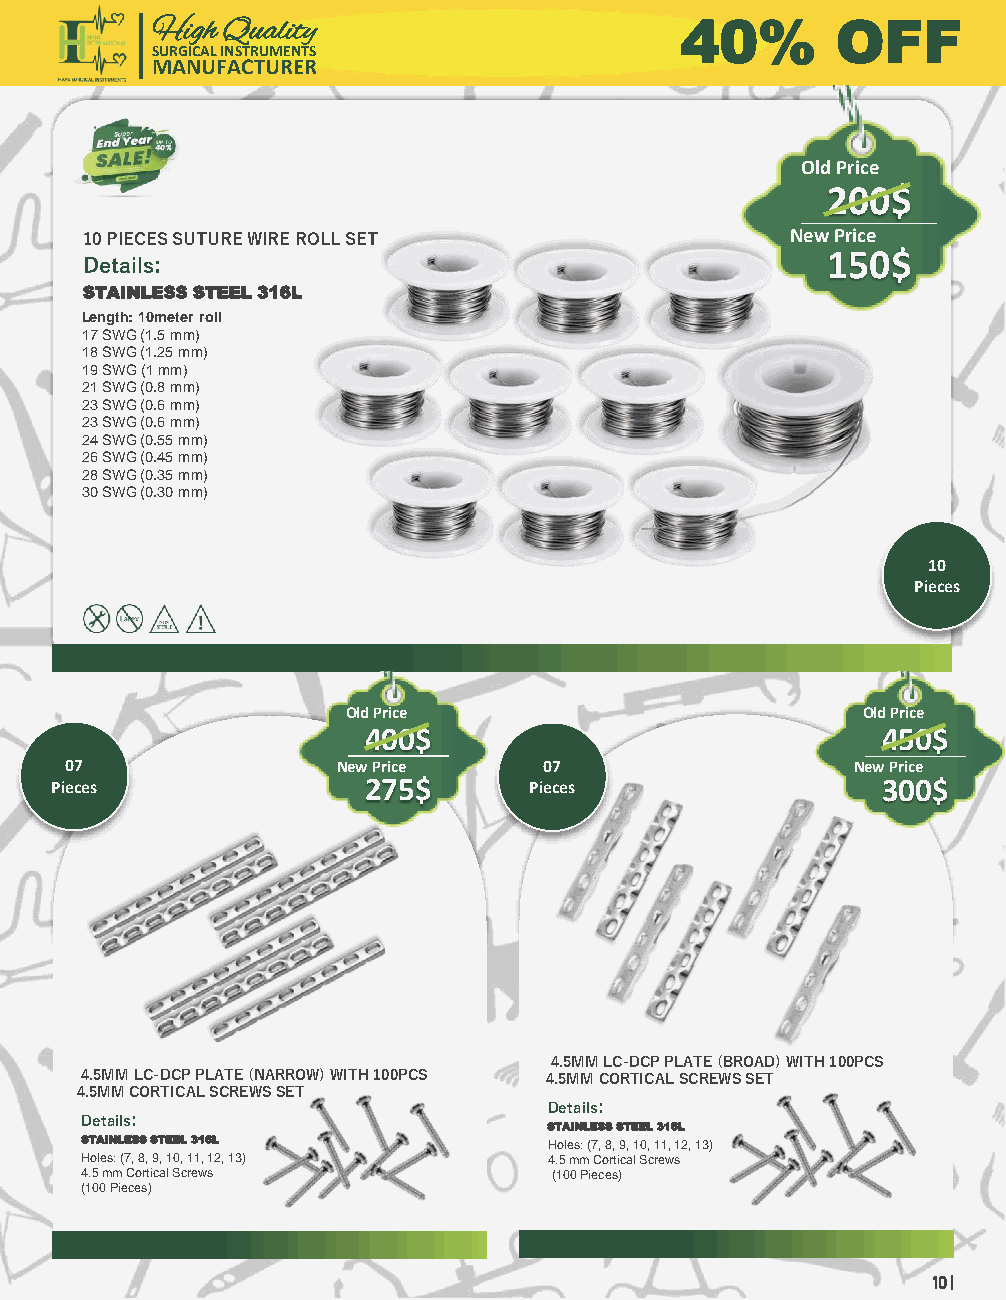
High Quality                       40%       OFF
 SURGICAL INSTRUMENTS
 MANUFACTURER
 Old Price
 200$
 10 PIECES SUTURE WIRE ROLL SET                 New Price
 Details:                                          150$
 STAINLESS STEEL 316L
 Length: 10meter roll
 17 SWG (1.5 mm)
 18 SWG (1.25 mm)
 19 SWG (1 mm)
 21 SWG (0.8 mm)
 23 SWG (0.6 mm)
 23 SWG (0.6 mm)
 24 SWG (0.55 mm)
 26 SWG (0.45 mm)
 28 SWG (0.35 mm)
 30 SWG (0.30 mm)
 10
 Pieces
 Old Price                         Old Price
 400$                              450$
 07                New Price     07                   New Price
 Pieces               275$       Pieces                 300$
 4.5MM LC-DCP PLATE (BROAD) WITH 100PCS
 4.5MM LC-DCP PLATE (NARROW) WITH 100PCS 4.5MM CORTICAL SCREWS SET
 4.5MM CORTICAL SCREWS SET
 Details:
 Details:
 STAINLESS STEEL 316L
 STAINLESS STEEL 316L           Holes: (7, 8, 9, 10, 11, 12, 13)
 Holes: (7, 8, 9, 10, 11, 12, 13) 4.5 mm Cortical Screws
 4.5 mm Cortical Screws          (100 Pieces)
 (100 Pieces)
 10 |